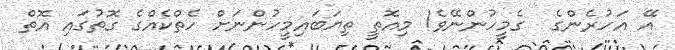
އޭ އަހުރެންގެ  ގެމީހުންނޭވެ! މިއޮތީ ތިޔަބައިމީހުންނަށް ހެތްކެއްގެ ގޮތުގައި އޮތް